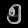
Digit: ၅